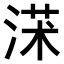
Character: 𣸃